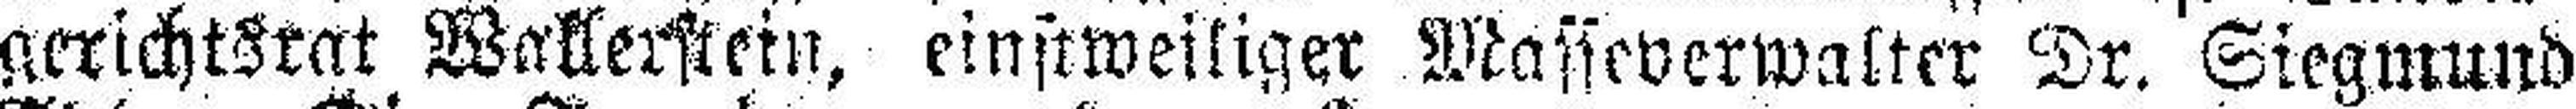
gerichtsrat Wallerstein, einstweiliger Wasseverwalter Dr. Siegmund